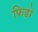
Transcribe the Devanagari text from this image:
फिडो